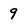
Character: 9